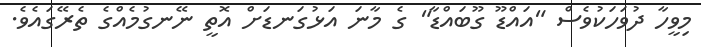
މިވީހާ ދުވަހަކުވެސް "އައްޑޫ ގޫބައްޑާ" ގެ މާނަ އަޅުގަނޑަށް އޮތީ ނޭނގުމެއްގެ ތެރޭގައެވެ.